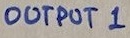
Text: OUTPUT 1